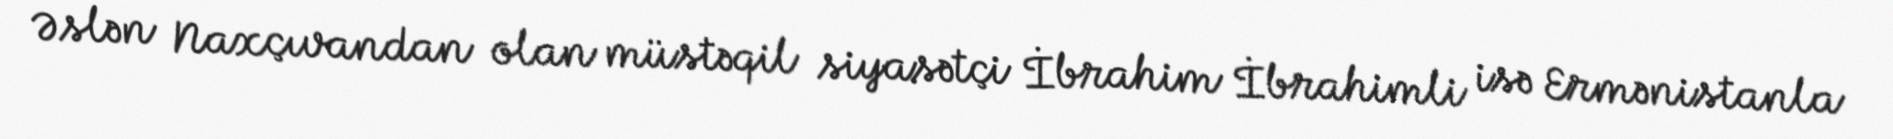
Əslən Naxçıvandan olan müstəqil siyasətçi İbrahim İbrahimli isə Ermənistanla